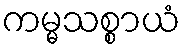
ကမ္မသစ္စာယံ